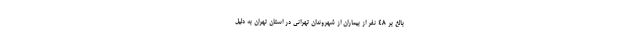
بالغ بر ۴۸ نفر از بیماران از شهروندان تهرانی در استان تهران به دلیل